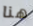
هنا